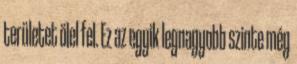
területet ölel fel. Ez az egyik legnagyobb szinte még